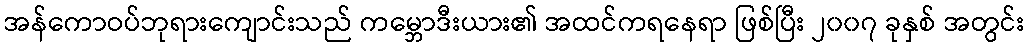
အန်ကောဝပ်ဘုရားကျောင်းသည် ကမ္ဘောဒီးယား၏ အထင်ကရနေရာ ဖြစ်ပြီး ၂၀၀၇ ခုနှစ် အတွင်း